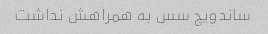
ساندویچ سس به همراهش نداشت